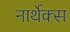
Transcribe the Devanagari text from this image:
नार्थेक्स